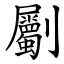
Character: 劚